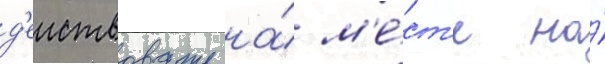
д'еиствовать на́ м'е́ст'е на́